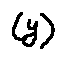
( y )